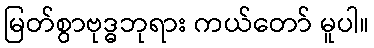
မြတ်စွာဗုဒ္ဓဘုရား ကယ်တော် မူပါ။